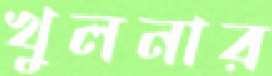
খুলনার